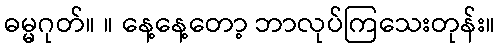
ဓမ္မဂုတ်။ ။ နေ့နေ့တော့ ဘာလုပ်ကြသေးတုန်း။